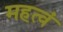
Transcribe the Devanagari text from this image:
महत्वं